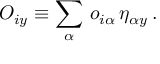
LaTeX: O _ { i y } \equiv \sum _ { \alpha } \, o _ { i \alpha } \, \eta _ { \alpha y } \, .